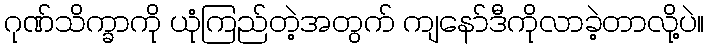
ဂုဏ်သိက္ခာကို ယုံကြည်တဲ့အတွက် ကျနော်ဒီကိုလာခဲ့တာလို့ပဲ။